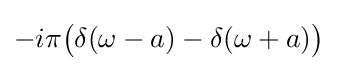
-i\pi {\bigl (}\delta (\omega -a)-\delta (\omega +a){\bigr )}